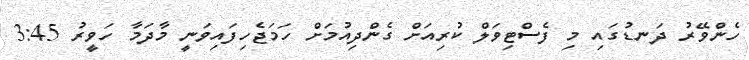
ހެންވޭރު ދަނޑުގައި މި ފެސްޓިވަލް ކުރިއަށް ގެންދިއުމަށް ހަމަޖެހިފައިވަނީ މާދަމާ ހަވީރު 3:45